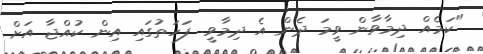
"ކަމެއް ދިމާވާން ވީމަ ދެން އެ ދިމާވީ. ފަހަތުގައި އިން ކުއްޖާ އަށް